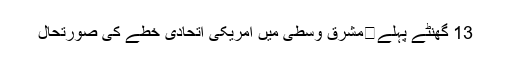
13 گھنٹے پہلے	مشرق وسطی میں امریکی اتحادی خطے کی صورتحال